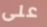
على